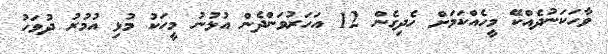
ވާހަކަނުދެއްކޭ މީހެއްކަމަށް ހެދިގެން 12 އަހަރުވަންދެން އުޅުނު މީހަކު މުޅި އުމުރު ދުވަހު